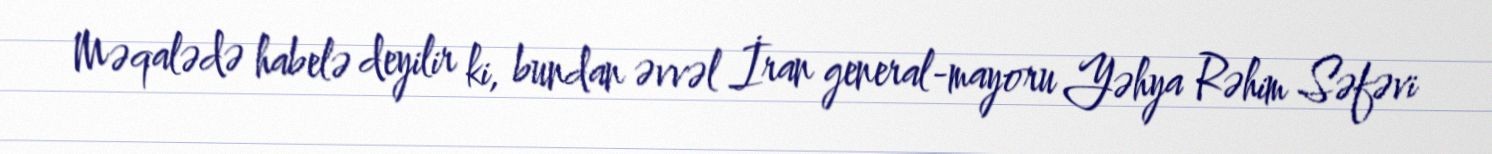
Məqalədə habelə deyilir ki, bundan əvvəl İran general-mayoru Yəhya Rəhim Səfəvi